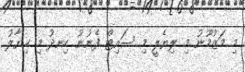
މި މަޒުމޫނު މި ލިޔެލީ މި ސައިޓް ފެނުނު ހިނދު މި ޚިޔާލު